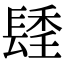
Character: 𨲚